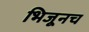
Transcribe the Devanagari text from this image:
भिजूनच